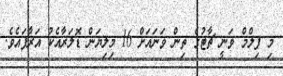
މި ފިލްމް ވަނީ ޗާޓުގެ ތިން ވަނައަށް 16 މިލިޔަން ޑޮލަރާއެކު އަރާފައެވެ.